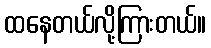
ထနေတယ်လို့ကြားတယ်။